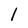
Character: 1